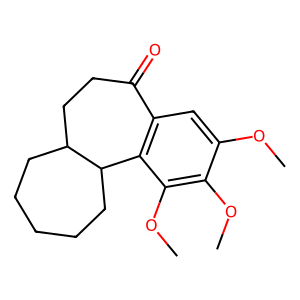
SMILES: COc1cc2c(c(OC)c1OC)C1CCCCCC1CCC2=O
Inhibits HIV replication: No